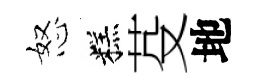
怒糕芟地